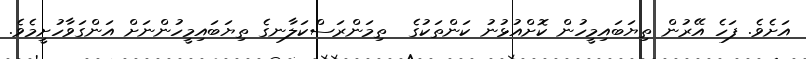
އަށެވެ. ފަހެ އޭރުން ތިޔަބައިމީހުން ކޮށްއުޅުނު ކަންތަކުގެ  ތިމަންރަސްކަލާނގެ ތިޔަބައިމީހުންނަށް އަންގަވާހުށީމެވެ.